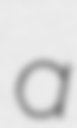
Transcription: a